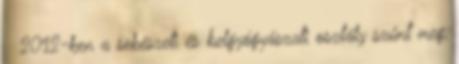
↑ 2012-ben a sebészeti és belgyógyászati osztály szűnt meg,